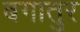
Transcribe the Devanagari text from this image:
बगातुर